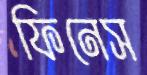
ফিনেস